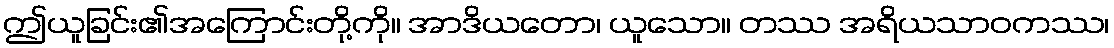
ဤယူခြင်း၏အကြောင်းတို့ကို။ အာဒိယတော၊ ယူသော။ တဿ အရိယသာဝကဿ၊